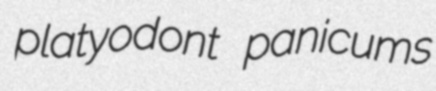
platyodont panicums